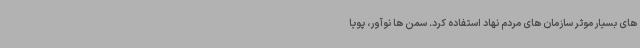
های بسیار موثر سازمان های مردم نهاد استفاده کرد. سمن ها نوآور، پویا